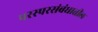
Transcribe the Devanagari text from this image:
परस्परसंबंधातील